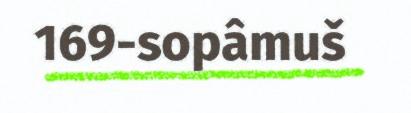
169-sopâmuš